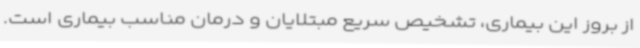
از بروز این بیماری، تشخیص سریع مبتلایان و درمان مناسب بیماری است.